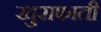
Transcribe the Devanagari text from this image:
खुराफाती